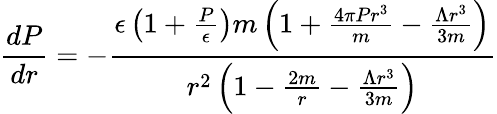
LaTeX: \frac{dP}{dr}=-\frac{\epsilon\left(1+\frac{P}{\epsilon}\right)m\left(1+\frac{4\pi Pr^{3}}{m}-\frac{\Lambda r^{3}}{3m}\right)}{r^{2}\left(1-\frac{2m}{r}-\frac{\Lambda r^{3}}{3m}\right)}